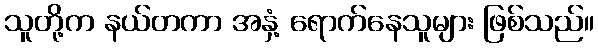
သူတို့က နယ်တကာ အနှံ့ ရောက်နေသူများ ဖြစ်သည်။